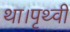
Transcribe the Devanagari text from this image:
था।पृथ्वी